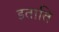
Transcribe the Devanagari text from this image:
इताति